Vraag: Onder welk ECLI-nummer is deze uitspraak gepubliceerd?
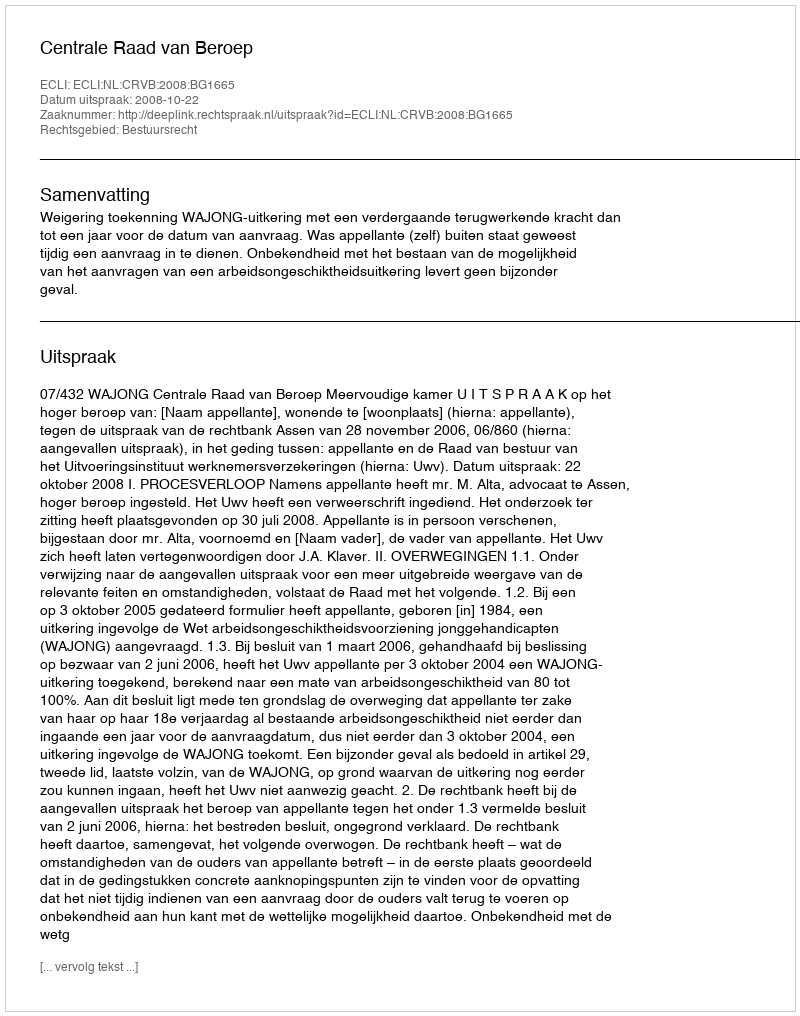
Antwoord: ECLI:NL:CRVB:2008:BG1665